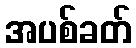
အပစ်ခတ်